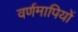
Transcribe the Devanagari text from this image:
वर्णमापियों